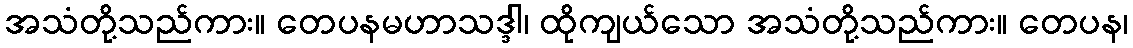
အသံတို့သည်ကား။ တေပနမဟာသဒ္ဒါ၊ ထိုကျယ်သော အသံတို့သည်ကား။ တေပန၊